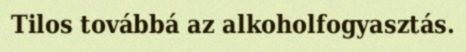
Tilos továbbá az alkoholfogyasztás.